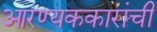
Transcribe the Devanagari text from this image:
आरण्यककारांची